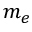
m _ { e }